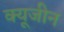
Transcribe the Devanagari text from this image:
क्यूजीन